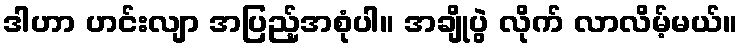
ဒါဟာ ဟင်းလျာ အပြည့်အစုံပါ။ အချိုပွဲ လိုက် လာလိမ့်မယ်။